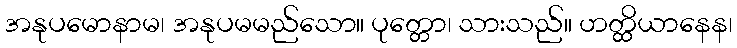
အနုပမောနာမ၊ အနုပမမည်သော။ ပုတ္တော၊ သားသည်။ ဟတ္ထိယာနေန၊